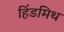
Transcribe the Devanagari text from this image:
हिंडमिथ